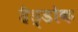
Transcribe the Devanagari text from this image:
हैड्डोक